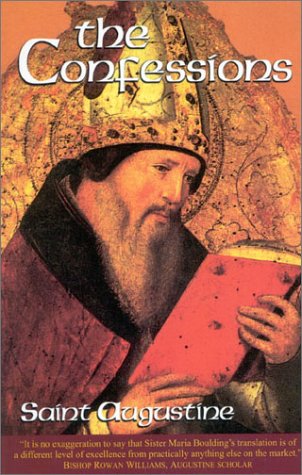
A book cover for The Confessions, Revised (The Works of Saint Augustine: A Translation for the 21st Century, Vol. 1); St. Augustine; Christian Books & Bibles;